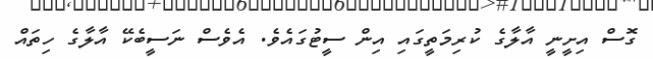
ގޮސް އިށީނީ އާލާގެ ކުރިމަތީގައި އިން ސީޓުގައެވެ. އެވެސް ނަސީބެކޭ އާލާގެ ހިތައް